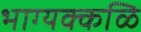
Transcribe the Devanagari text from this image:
भाग्यक्कळि